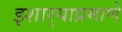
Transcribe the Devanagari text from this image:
इशार्‍याप्रमाणे